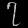
Digit: ၇